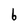
Character: 6